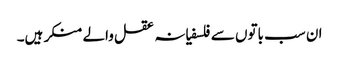
ان سب باتوں سے فلسفیانہ عقل والے منکر ہیں۔